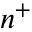
n ^ { + }